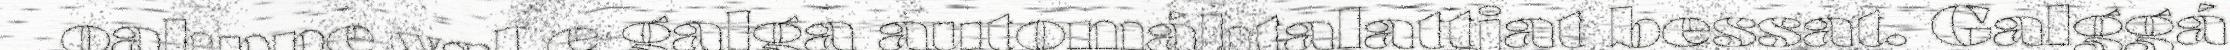
oahppe val e galga automáhtalattjat bessat. Galggá